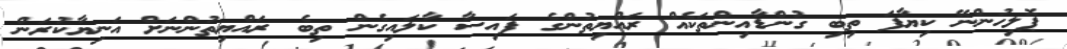
ޕޮލިހުންނޭ ކިޔާފަ ތިބި ގުންޑާއިންތަކެއް ރައްޔިތުންގެ ފައިސާ ކާލައިގެން ތިބެ ރައްޔިތުންނަށް އަނިޔާކުރަން